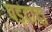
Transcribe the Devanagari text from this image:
पड़दादा